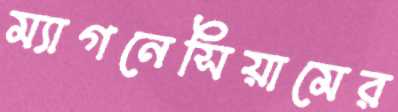
ম্যাগনেসিয়ামের